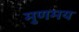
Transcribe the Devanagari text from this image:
मुणमय